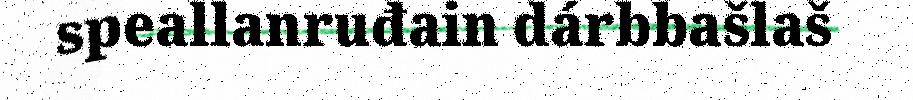
speallanruđain dárbbašlaš